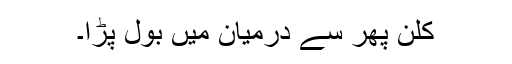
کلن پھر سے درمیان میں بول پڑا۔